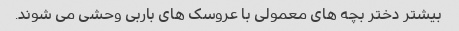
بیشتر دختر بچه های معمولی با عروسک های باربی وحشی می شوند.